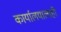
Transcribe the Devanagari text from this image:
कार्यालयालाही